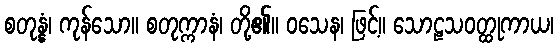
စတုန္နံ၊ ကုန်သော။ စတုက္ကာနံ၊ တို့၏။ ဝသေန၊ ဖြင့်။ သောဠသဝတ္ထုကာယ၊